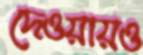
দেওয়ায়ও